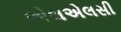
એલએલસી